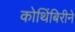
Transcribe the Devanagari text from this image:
कोथिंबिरीने